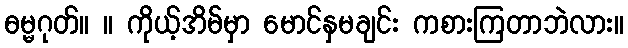
ဓမ္မဂုတ်။ ။ ကိုယ့်အိမ်မှာ မောင်နှမချင်း ကစားကြတာဘဲလား။